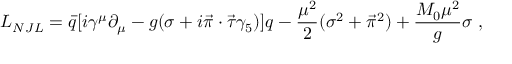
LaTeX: { \cal L } _ { N J L } = \bar { q } [ i \gamma ^ { \mu } \partial _ { \mu } - g ( \sigma + i \vec { \pi } \cdot \vec { \tau } \gamma _ { 5 } ) ] q - { \frac { \mu ^ { 2 } } { 2 } } ( \sigma ^ { 2 } + \vec { \pi } ^ { 2 } ) + { \frac { M _ { 0 } \mu ^ { 2 } } { g } } \sigma \, \, ,